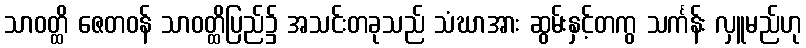
သာဝတ္ထိ ဇေတဝန် သာဝတ္ထိပြည်၌ အသင်းတခုသည် သံဃာအား ဆွမ်းနှင့်တကွ သင်္ကန်း လှူမည်ဟု